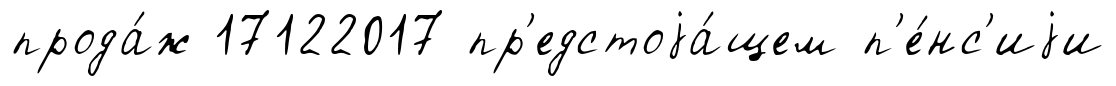
прода́ж 17122017 пр'едстоjа́щем п'е́нс'иjи